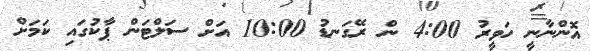
އޮންނާނީ ހަވީރު 4:00 ން ރޭގަނޑު 10:00 އަށް ސަލްޓަން ޕާކުގައި ކަމަށް